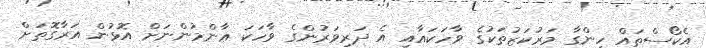
އެކޯސްތައް ހިންގާ މަރުކަޒުތަކުގެ ވާހަކައާއި އެ ދަރިވަރުންގެ ވާހަކަ ޢާންމުންނަށް އޮޅުން އަރާގޮތަށް